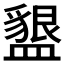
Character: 𭾒